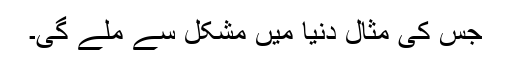
جس کی مثال دنیا میں مشکل سے ملے گی۔